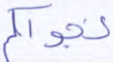
نجواكم